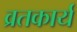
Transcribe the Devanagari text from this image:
व्रतकार्य